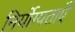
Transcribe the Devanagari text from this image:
निर्योग्यताएँ